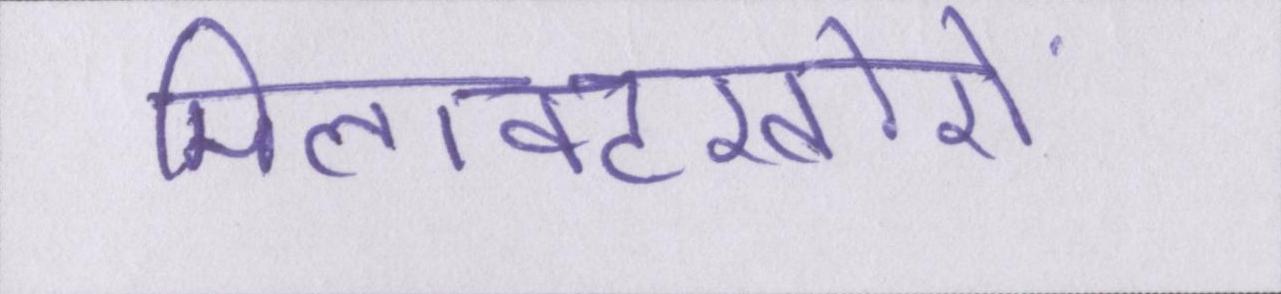
मिलावटखोरों